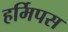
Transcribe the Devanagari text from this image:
हर्मिपस